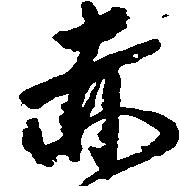
赤